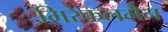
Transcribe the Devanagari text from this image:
मिरेकलमैन